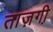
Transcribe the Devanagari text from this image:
ताज़गी़